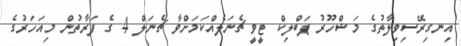
އިނގިރޭސިވިލާތުގެ މަޝްހޫރު ޕަބްލިކް ޓީވީ ޗެނަލެއްކަމަށްވާ ޗެނަލް 4 ގެ ފަރާތުން މިއަހަރުގެ